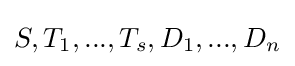
S,T_{1},...,T_{s},D_{1},...,D_{n}